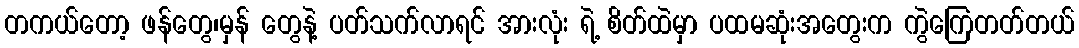
တကယ်တော့ ဖန်တွေ၊မှန် တွေနဲ့ ပတ်သက်လာရင် အားလုံး ရဲ့ စိတ်ထဲမှာ ပထမဆုံးအတွေးက ကွဲကြေတတ်တယ်